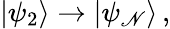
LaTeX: |\psi_{2}\rangle\rightarrow|\psi_{\mathscr{N}}\rangle\, ,